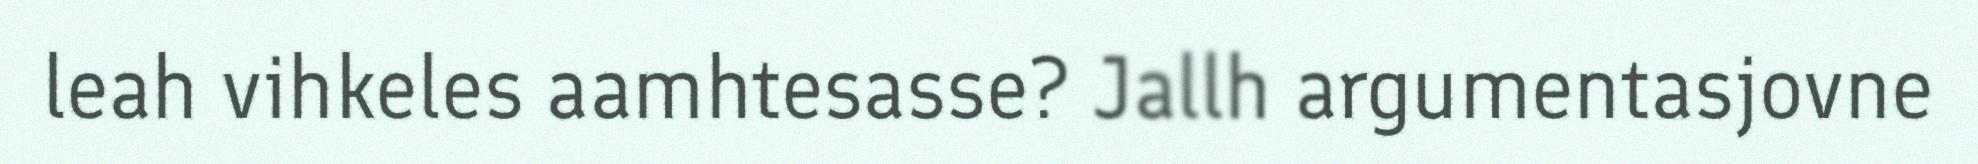
leah vihkeles aamhtesasse? Jallh argumentasjovne